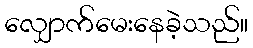
လျှောက်မေးနေခဲ့သည်။